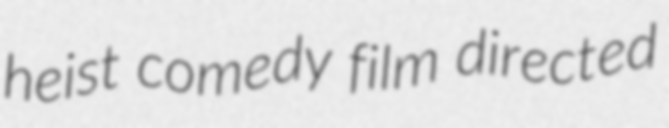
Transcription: heist comedy film directed